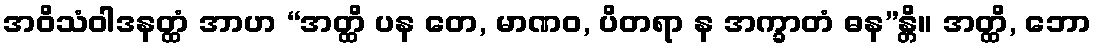
အဝိသံဝါဒနတ္ထံ အာဟ “အတ္ထိ ပန တေ, မာဏဝ, ပိတရာ န အက္ခာတံ ဓန”န္တိ။ အတ္ထိ, ဘော